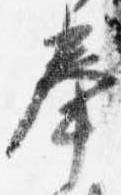
奉